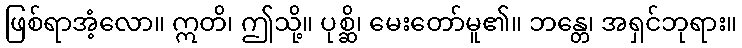
ဖြစ်ရာအံ့လော။ ဣတိ၊ ဤသို့။ ပုစ္ဆိ၊ မေးတော်မူ၏။ ဘန္တေ၊ အရှင်ဘုရား။